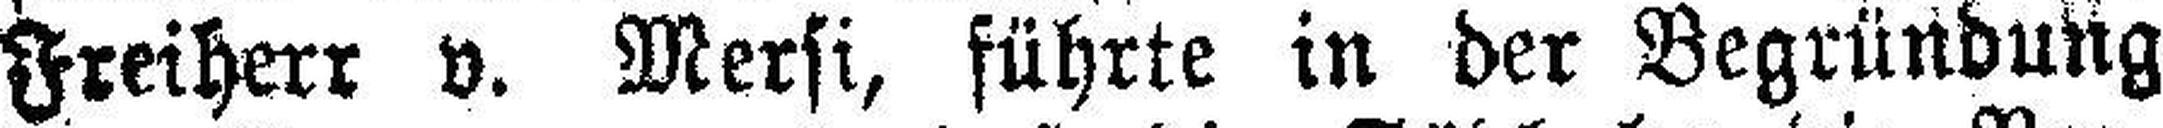
Freiherr v. Mersi, führte in der Begründung